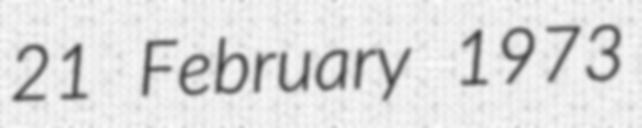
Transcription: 21 February 1973